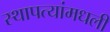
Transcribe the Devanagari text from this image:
स्थापत्यांमधली